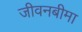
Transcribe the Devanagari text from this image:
जीवनबीमा